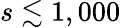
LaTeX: s\lesssim 1,000